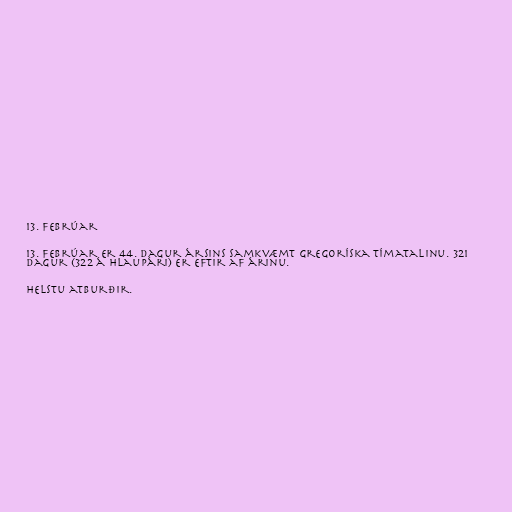
13. febrúar

13. febrúar er 44. dagur ársins samkvæmt gregoríska tímatalinu. 321
dagur (322 á hlaupári) er eftir af árinu.

Helstu atburðir.